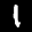
Label: 1